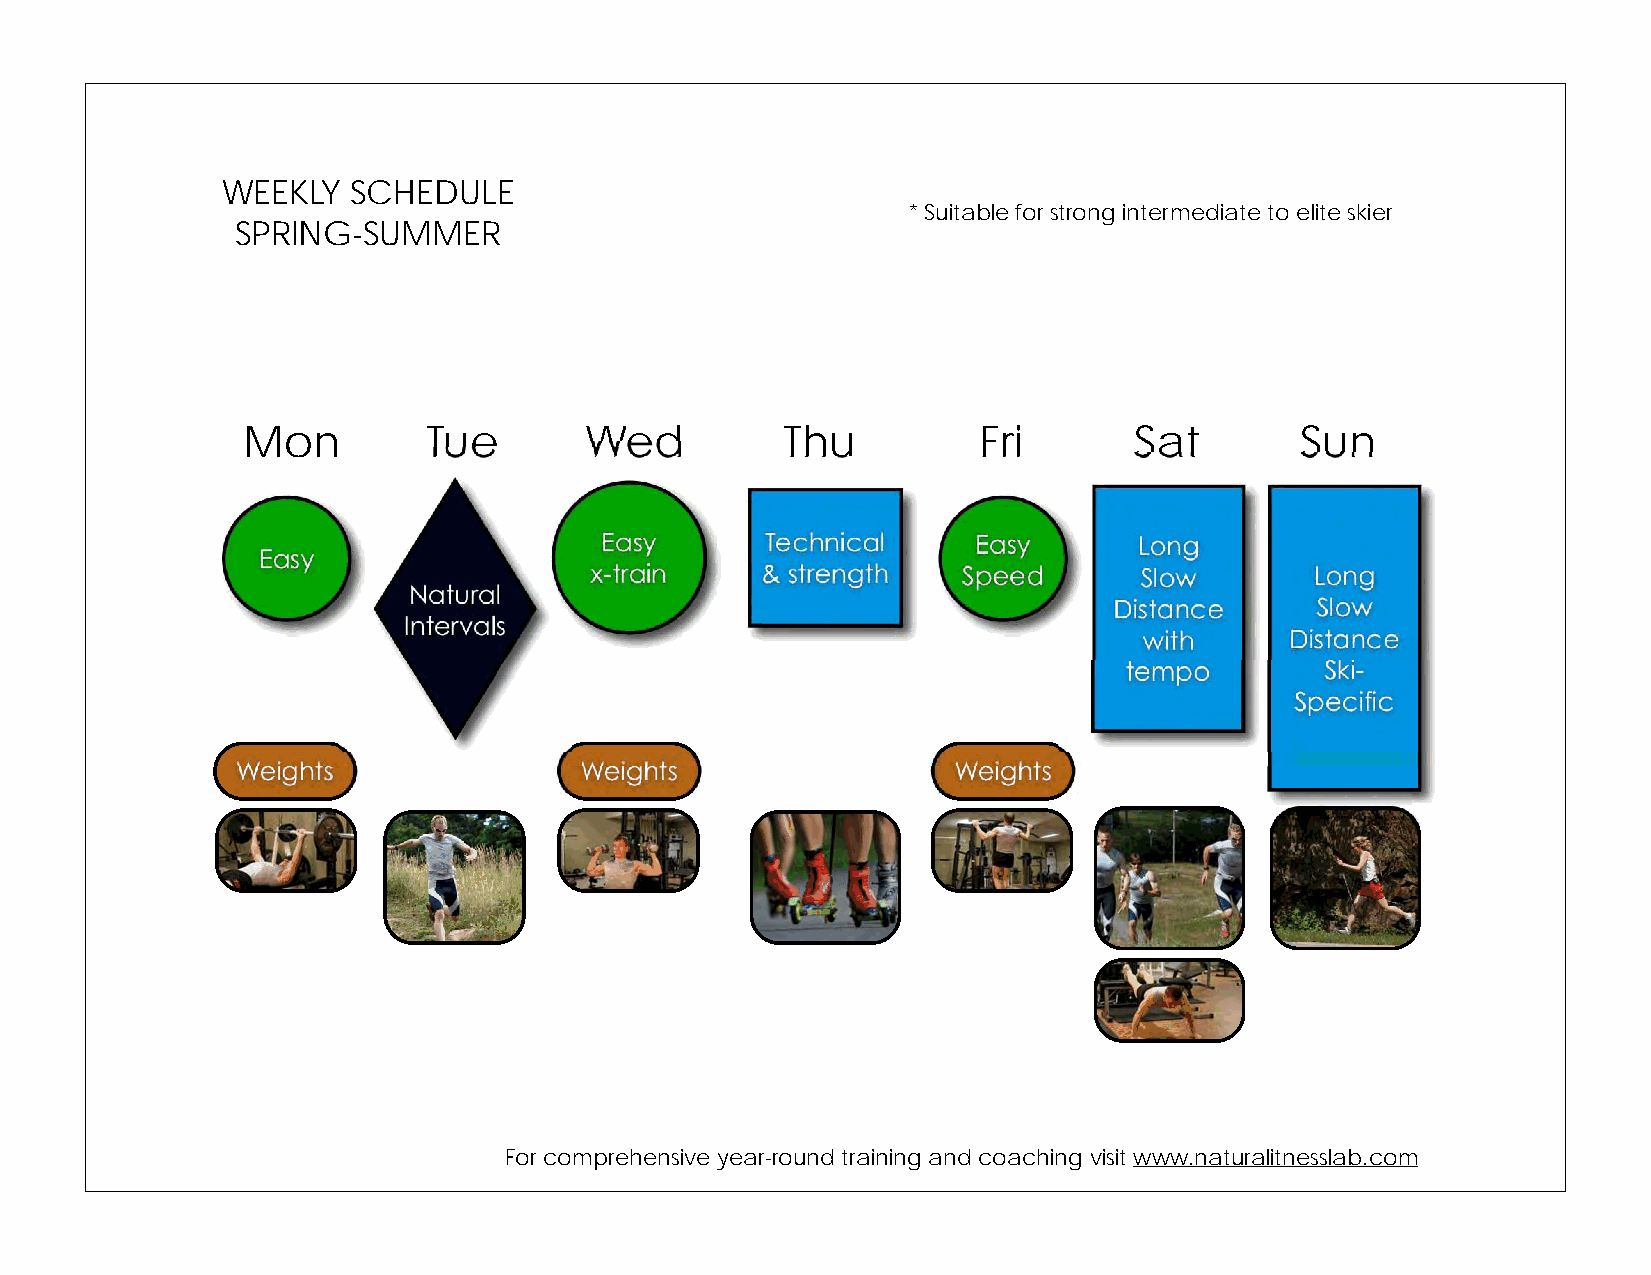
WEEKLY  SCHEDULE
 * Suitable for strong intermediate to elite skier
 SPRING-SUMMER
 Mon         Tue        Wed          Thu          Fri       Sat        Sun
 For comprehensive year-round training and coaching visit www.naturalitnesslab.com